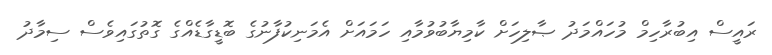
ރައީސް އިބުރާހިމް މުހައްމަދު ޞާލިހަށް ކާމިޔާބުވުމާއި ހަމައަށް އެމަނިކުފާނުގެ ބޮޑީގާޑެއްގެ ގޮތުގައިވެސް ސިމާދު